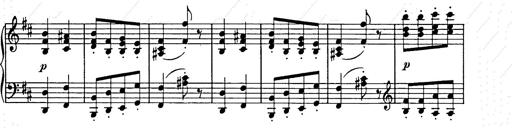
Title: Weihnachtsbaum
Composer: Franz Liszt